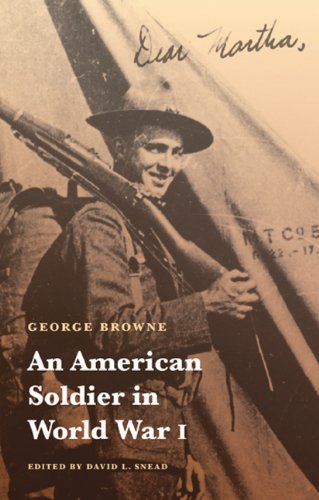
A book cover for An American Soldier in World War I (Studies in War, Society, and the Militar); George Browne; History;